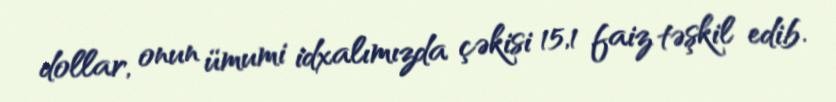
dollar, onun ümumi idxalımızda çəkisi 15,1 faiz təşkil edib.